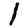
Digit: 1